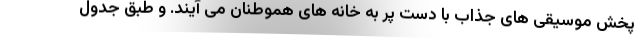
پخش موسیقی های جذاب با دست پر به خانه های هموطنان می آیند. و طبق جدول